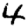
Digit: 4